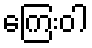
ကြေးဝါ